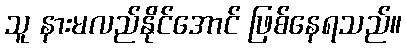
သူ နားမလည်နိုင်အောင် ဖြစ်နေရသည်။